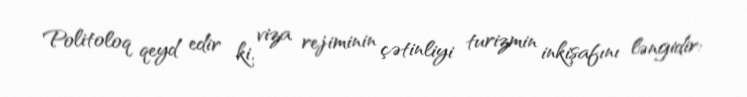
Politoloq qeyd edir ki, viza rejiminin çətinliyi turizmin inkişafını ləngidir: